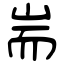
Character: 耑